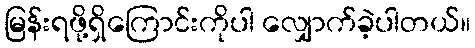
မြန်းရဖို့ရှိကြောင်းကိုပါ လျှောက်ခဲ့ပါတယ်။